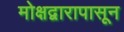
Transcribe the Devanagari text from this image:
मोक्षद्वारापासून